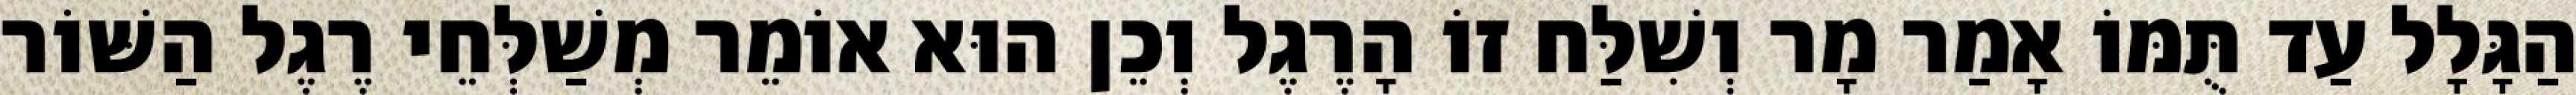
הַגָּלָל עַד תֻּמּוֹ אָמַר מָר וְשִׁלַּח זוֹ הָרֶגֶל וְכֵן הוּא אוֹמֵר מְשַׁלְּחֵי רֶגֶל הַשּׁוֹר